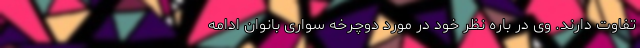
تفاوت دارند. وی در باره نظر خود در مورد دوچرخه سواری بانوان ادامه